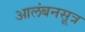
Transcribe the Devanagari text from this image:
आलंबनसूत्र